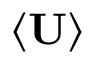
\langle \mathbf { U } \rangle